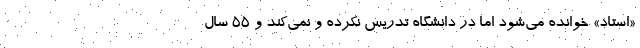
«استاد» خوانده می‌شود اما در دانشگاه تدریس نکرده و نمی‌کند و 55 سال